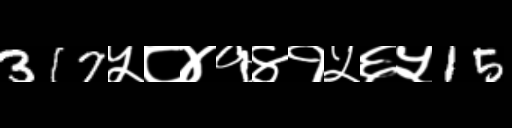
Text: 317५८४१४१५६५15